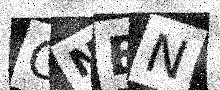
Text: ONBN